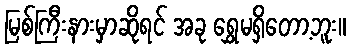
မြစ်ကြီးနားမှာဆိုရင် အခု ရွှေမရှိတော့ဘူး။